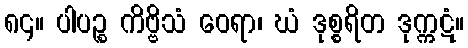
၈၄။ ပါပဉ္စ ကိဗ္ဗိသံ ဝေရာ၊ ဃံ ဒုစ္စရိတ ဒုက္ကဋံ။